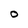
Character: O